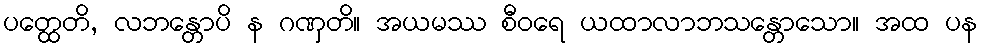
ပတ္ထေတိ, လဘန္တောပိ န ဂဏှတိ။ အယမဿ စီဝရေ ယထာလာဘသန္တောသော။ အထ ပန